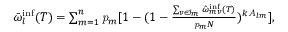
\begin{array} { r } { \bar { \omega } _ { l } ^ { \mathrm { i n f } } ( T ) = \sum _ { m = 1 } ^ { n } { \mathbf { \mathit { p } } _ { m } [ 1 - ( 1 - \frac { \sum _ { v \in \mathcal { I } _ { m } } { \hat { \omega } _ { m v } ^ { \mathrm { i n f } } ( T ) } } { \mathbf { \mathit { p } } _ { m } N } ) ^ { k \mathbf { \mathit { A } } _ { l m } } ] } , } \end{array}